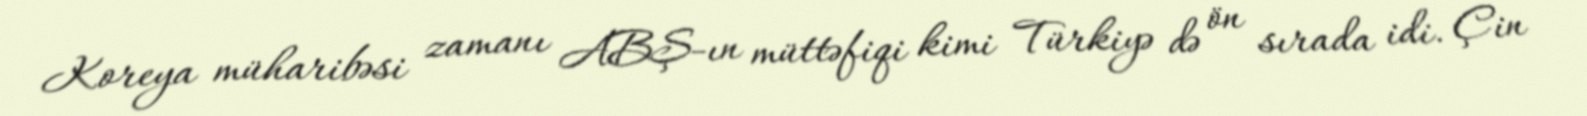
Koreya müharibəsi zamanı ABŞ-ın müttəfiqi kimi Türkiyə də ön sırada idi. Çin